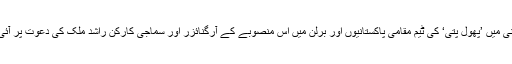
جرمنی میں ’پھول پتی‘ کی ٹیم مقامی پاکستانیوں اور برلن میں اس منصوبے کے آرگنائزر اور سماجی کارکن راشد ملک کی دعوت پر آئی ہے۔